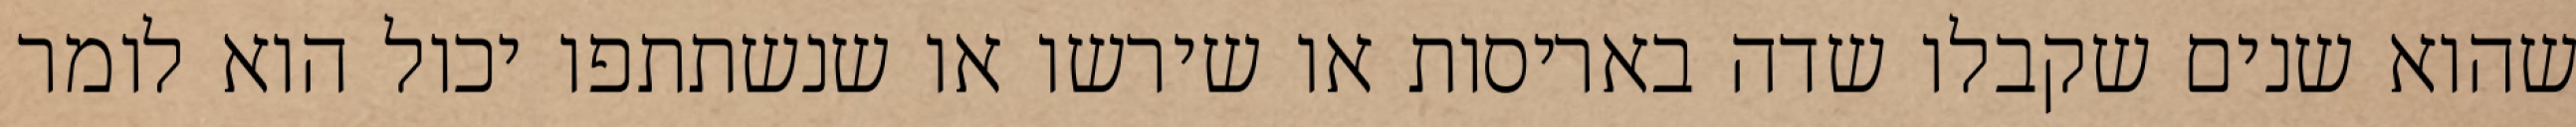
שהוא שנים שקבלו שדה באריסות או שירשו או שנשתתפו יכול הוא לומר